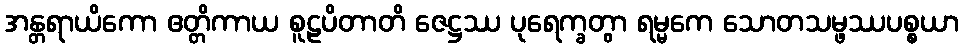
အန္တရာယိကော ဧတ္တိကာယ စူဠပိတာတိ ဇေဋ္ဌဿ ပုရေက္ခတွာ ရမ္မကေ သောတသမ္ဖဿပစ္စယာ